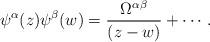
LaTeX: \begin{align*}\psi ^{\alpha}(z) \psi^{\beta} (w) = \frac{\Omega ^{\alpha \beta}}{(z - w)} + \cdots .\end{align*}